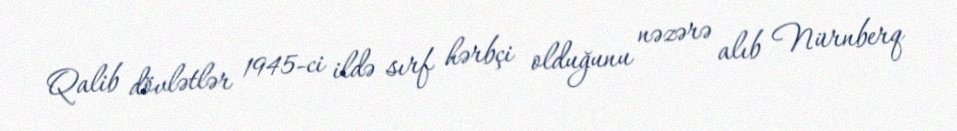
Qalib dövlətlər 1945-ci ildə sırf hərbçi olduğunu nəzərə alıb Nürnberq